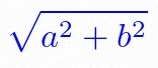
\sqrt{a^2+b^2}